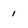
Character: 1